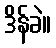
ဒိန်ခဲ။